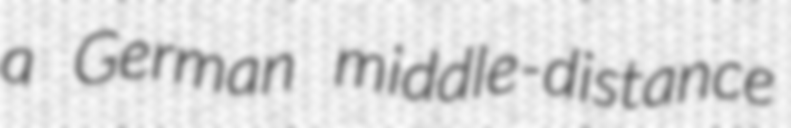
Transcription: a German middle-distance